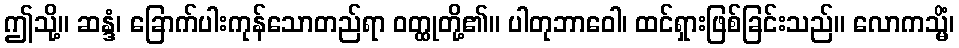
ဤသို့။ ဆန္ဒံ၊ ခြောက်ပါးကုန်သောတည်ရာ ဝတ္ထုတို့၏။ ပါတုဘာဝေါ၊ ထင်ရှားဖြစ်ခြင်းသည်။ လောကသ္မိံ၊